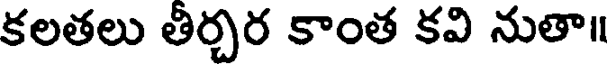
కలతలు తిర్చర కాంత కవి నుతా॥